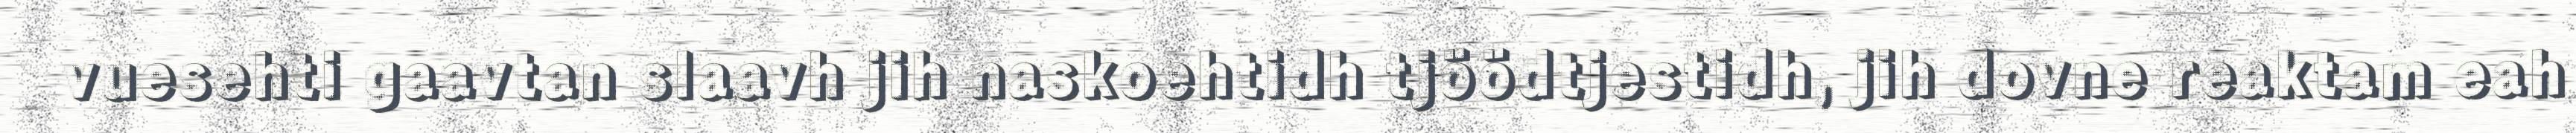
vuesehti gaavtan slaavh jih naskoehtidh tjöödtjestidh, jih dovne reaktam eah